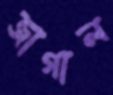
জাগাল